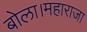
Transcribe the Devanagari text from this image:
बोला।महाराजा